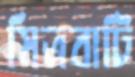
মিত্রবাটি